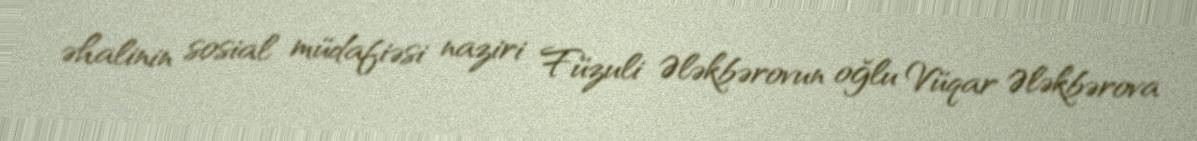
əhalinin sosial müdafiəsi naziri Füzuli Ələkbərovun oğlu Vüqar Ələkbərova